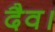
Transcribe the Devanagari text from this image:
दैव।